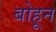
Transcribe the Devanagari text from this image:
बोहून